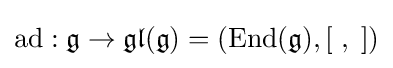
\operatorname {ad} :{\mathfrak {g}}\to {\mathfrak {gl}}({\mathfrak {g}})=(\operatorname {End} ({\mathfrak {g}}),[\;,\;])